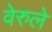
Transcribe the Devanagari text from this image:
वेरुले